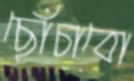
ছোঁচাবো